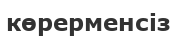
көрерменсіз